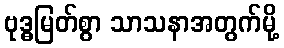
ဗုဒ္ဓမြတ်စွာ သာသနာအတွက်မို့